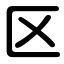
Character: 区